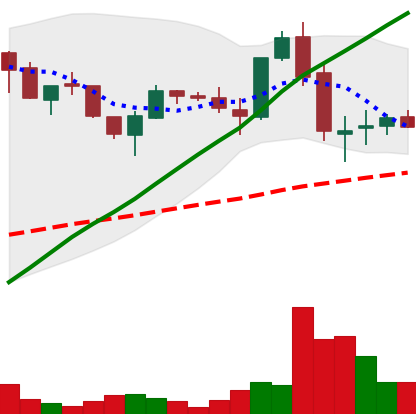
Ticker: LTC-USD
Chart end date: 2017-05-30
Forward return: 15.729%
Label: up_7plus